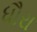
ધૌરા